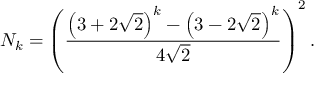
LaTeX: N _ { k } = \left( { \frac { \left( 3 + 2 { \sqrt { 2 } } \right) ^ { k } - \left( 3 - 2 { \sqrt { 2 } } \right) ^ { k } } { 4 { \sqrt { 2 } } } } \right) ^ { 2 } .